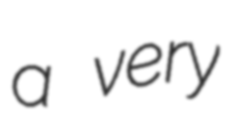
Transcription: a very